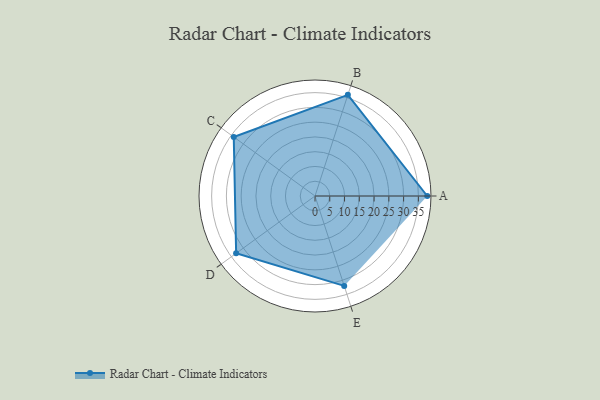
{"axis": {"x": "Skill", "y": "Score"}, "legend": ["Profile"], "data": [{"x": "A", "y": 38.0, "type": "Profile"}, {"x": "B", "y": 36.0, "type": "Profile"}, {"x": "C", "y": 34.0, "type": "Profile"}, {"x": "D", "y": 33.0, "type": "Profile"}, {"x": "E", "y": 32.0, "type": "Profile"}]}